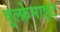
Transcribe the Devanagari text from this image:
वूल्फ्रेमाइट